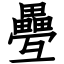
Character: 疉